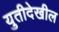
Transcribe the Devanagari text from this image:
युतीदेखील